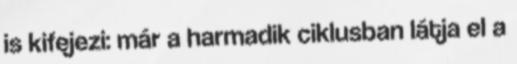
is kifejezi: már a harmadik ciklusban látja el a